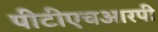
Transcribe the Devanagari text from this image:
पीटीएचआरपी